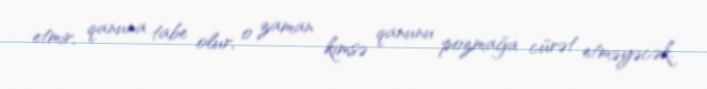
etmir, qanuna tabe olur, o zaman kimsə qanunu pozmağa cürət etməyəcək.